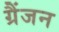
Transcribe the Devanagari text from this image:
ग्रैंजन